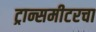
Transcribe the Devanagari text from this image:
ट्रान्समीटरचा